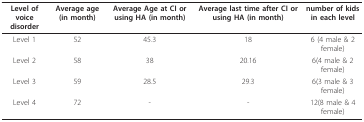
| Level of voice disorder | Average age (in month) | Average Age at CI or using HA (in month) | Average last time after CI or using HA (in month) | number of kids in each level |
 | --- | --- | --- | --- | --- |
 | Level 1 | 52 | 45.3 | 18 | 6 (4 male & 2 female) |
 | Level 2 | 58 | 38 | 20.16 | 6(4 male & 2 female) |
 | Level 3 | 59 | 28.5 | 29.3 | 6(3 male & 3 female) |
 | Level 4 | 72 | - | - | 12(8 male & 4 female) |